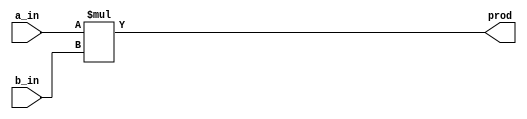
module multiplier_8bit (prod,a_in,b_in);

output [15:0] prod;
input [7:0] a_in, b_in;

assign prod = a_in * b_in;

endmodule